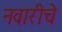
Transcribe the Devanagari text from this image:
नवारीचे